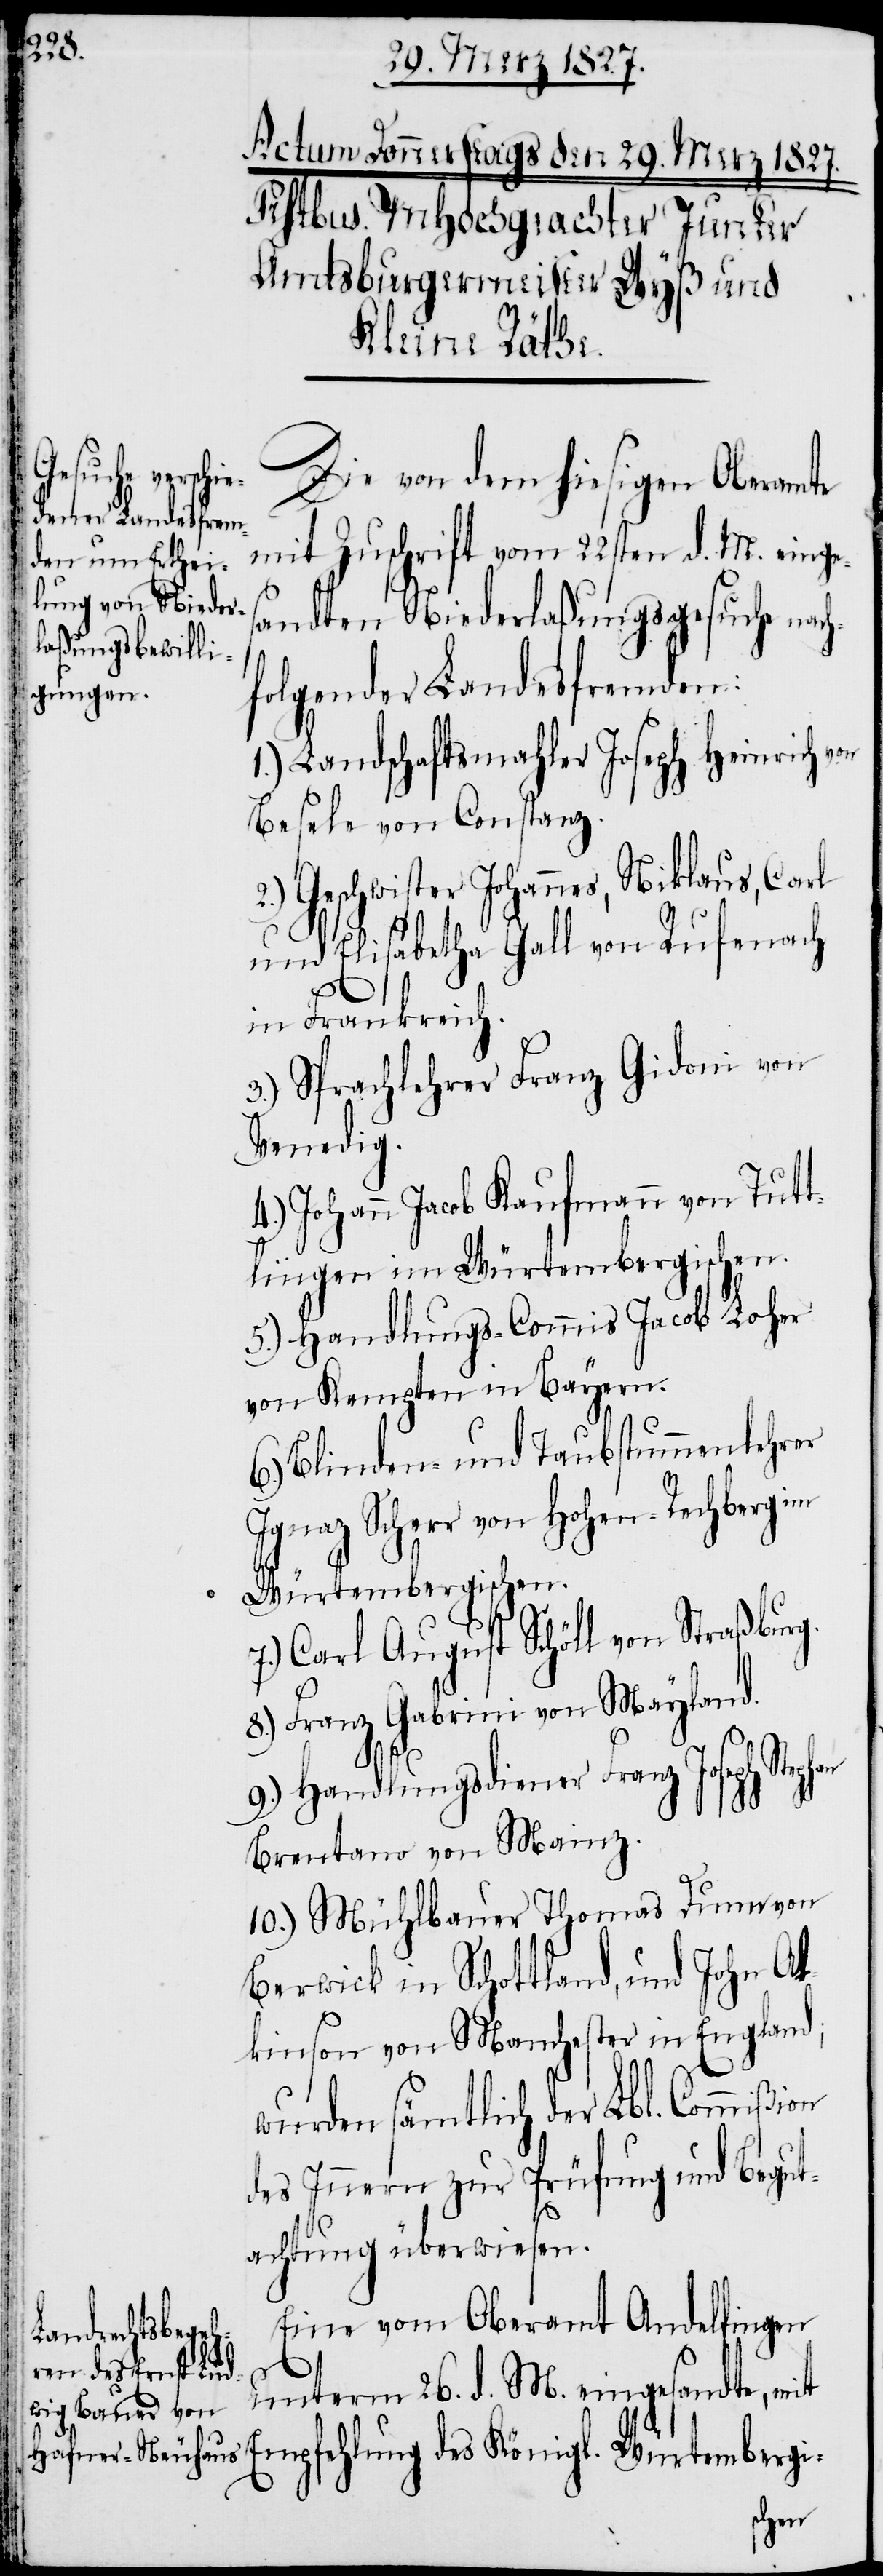
on
Die von dem hiesigen Oberamte
mit Zuschrift vom 22sten d. M. einge¬
sandten Niederlaßungsgesuche nach¬
folgender Landesfremden:
1.) Landschaftsmahler Joseph Heinrich
Besele von Constanz.
2.) Geschwister Johannes, Niklaus, Carl
und Elisabetha Gall von Rufenach
in Frankreich.
3.) Sprachlehrer Franz Gidoni von
Venedig.
4.) Johann Jacob Kaufmann von Tutt¬
lingen im Würtembergischen.
5.) Handlungs-Commis Jacob Loher
von Kempten in Bayern.
6.) Blinden- und Taubstummenlehrer
Ignaz Scherr von Hohen-Rechberg im
Würtembergischen.
7.) Carl August Schöll von Straßburg.
8.) Franz Gabrini von Mayland.
9.) Handlungsdiener Franz Joseph Steph¬
Brentano von Mainz.
10.) Mühlbauer Thomas Dunn von
Berwick in Schottland, und John At¬
kinson von Manchester in England;
wurden sämtlich der Lbl. Commißi¬
des Innern zur Prüfung und Begut¬
achtung überwiesen.
Eine vom Oberamt Andelfingen
unterm 26. d. M. eingesandte, mit
Empfehlung des Königl. Würtembergi-